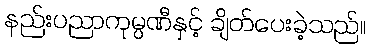
နည်းပညာကုမ္ပဏီနှင့် ချိတ်ပေးခဲ့သည်။